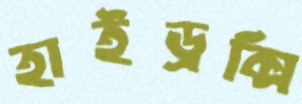
হাইড্রক্সি